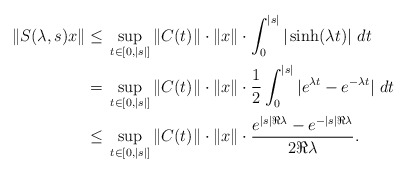
\begin{align*}\|S(\lambda,s)x\| \leq{}& \sup_{t\in[0,|s|]}\|C(t)\|\cdot\|x\|\cdot \int_{0}^{|s|}|\sinh(\lambda t)|\ dt\\={}&\sup_{t\in[0,|s|]}\|C(t)\|\cdot\|x\|\cdot \frac{1}{2}\int_{0}^{|s|}|e^{\lambda t}-e^{-\lambda t}| \ dt\\\leq{}&\sup_{t\in[0,|s|]}\|C(t)\|\cdot\|x\|\cdot \frac{e^{|s|\Re\lambda}-e^{-|s|\Re\lambda}}{2\Re\lambda}.\end{align*}